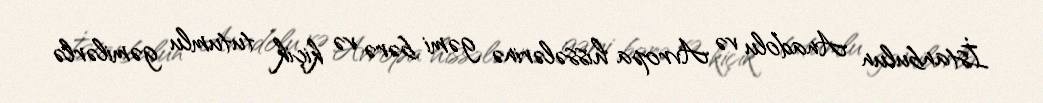
İstanbulun Anadolu və Avropa hissələrinə gəmi bərə və kiçik tutumlu gəmilərlə